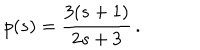
p ( s ) = \frac { 3 ( s + 1 ) } { 2 s + 3 } \, .